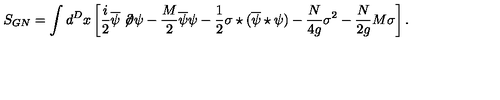
S _ { G N } = \int d ^ { D } x \left[ \frac { i } 2 \overline { \psi } \not \! \partial \psi - \frac { M } 2 \overline { \psi } \psi - \frac 1 2 \sigma \star ( \overline { \psi } \star \psi ) - \frac { N } { 4 g } \sigma ^ { 2 } - \frac { N } { 2 g } M \sigma \right] .